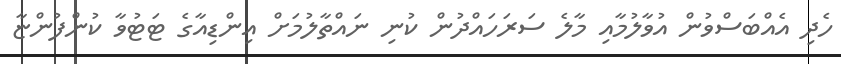
ހެދި އެއްބަސްވުން އުވާލުމާއި މާލެ ސަރަހައްދުން ކުނި ނައްތާލުމަށް އިންޑިއާގެ ޓަޓުވާ ކުންފުންޏާ